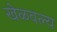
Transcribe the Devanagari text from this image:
खेळवल्य